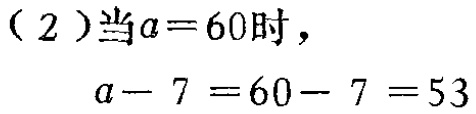
（2）当\(a = 60\)时，

\(a - 7 = 60 - 7 = 53\)